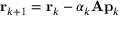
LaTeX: \mathbf { r } _ { k + 1 } = \mathbf { r } _ { k } - \alpha _ { k } \mathbf { A } \mathbf { p } _ { k }